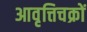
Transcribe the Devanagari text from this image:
आवृत्तिचक्रों